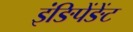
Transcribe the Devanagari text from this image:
इंङिपेंङेंट